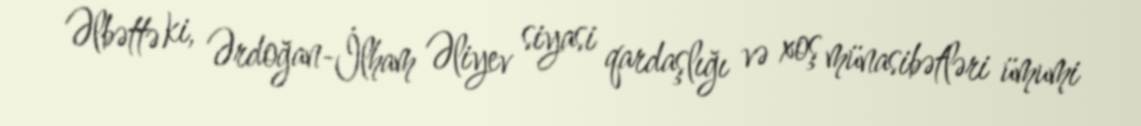
Əlbəttə ki, Ərdoğan-İlham Əliyev siyasi qardaşlığı və xoş münasibətləri ümumi